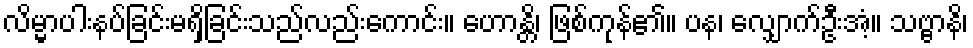
လိမ္မာပါးနပ်ခြင်းမရှိခြင်းသည်လည်းကောင်း။ ဟောန္တိ၊ ဖြစ်ကုန်၏။ ပန၊ လျှောက်ဦးအံ့။ သဗ္ဗာနိ၊